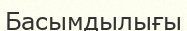
Басымдылығы